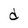
Character: d